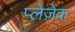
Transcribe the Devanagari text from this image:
प्लेज़ेक